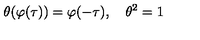
\theta ( \varphi ( \tau ) ) = \varphi ( - \tau ) , \quad \theta ^ { 2 } = 1